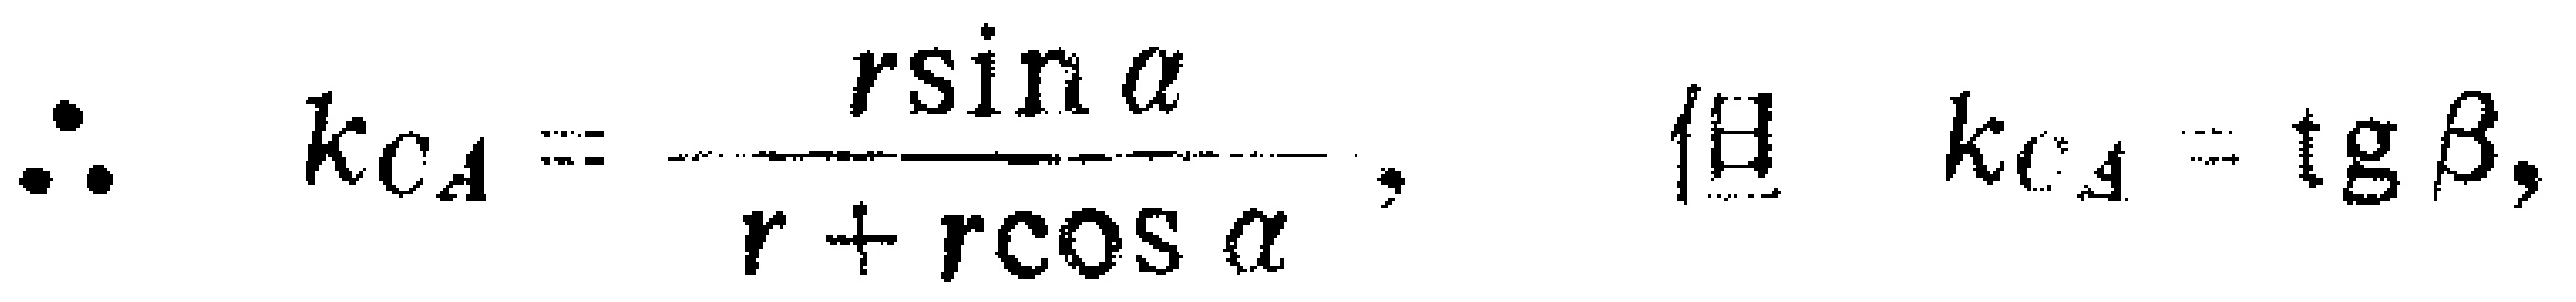
\(\therefore k_{CA}=\frac{r\sin\alpha}{r + r\cos\alpha},\ \ \ 且\ \ k_{CA}=\operatorname{tg}\beta,\)